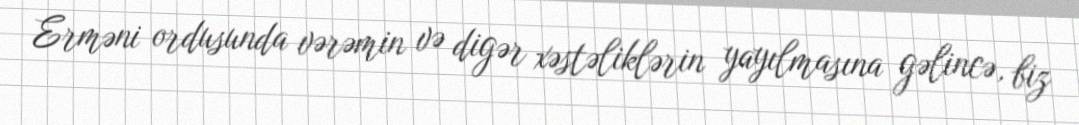
Erməni ordusunda vərəmin və digər xəstəliklərin yayılmasına gəlincə, biz